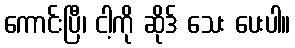
ကောင်းပြီ၊ ငါ့ကို ဆိုဒ် သေး ပေးပါ။